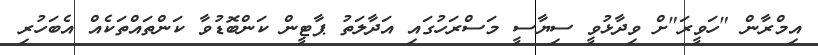
އިމްރާން "ހަވީރަ"ށް ވިދާޅުވީ ސިޔާސީ މަސްރަހުގައި އަދާލަތު ޕާޓީން ކަންބޮޑުވާ ކަންތައްތަކެއް އެބަހުރި